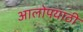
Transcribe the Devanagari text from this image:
आलोपयाठी